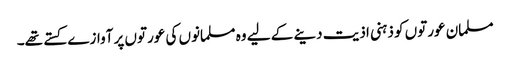
مسلمان عورتوں کو ذہنی اذیت دینے کے لیے وہ مسلمانوں کی عورتوں پر آوازے کستے تھے۔